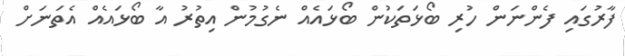
ފާރުގައި ފެންނަން ހުރި ބޯޅަތަކުން ބޯޅައެއް ނެގުމުން އިތުރު އާ ބޯޅައެއް އެތަނަށް